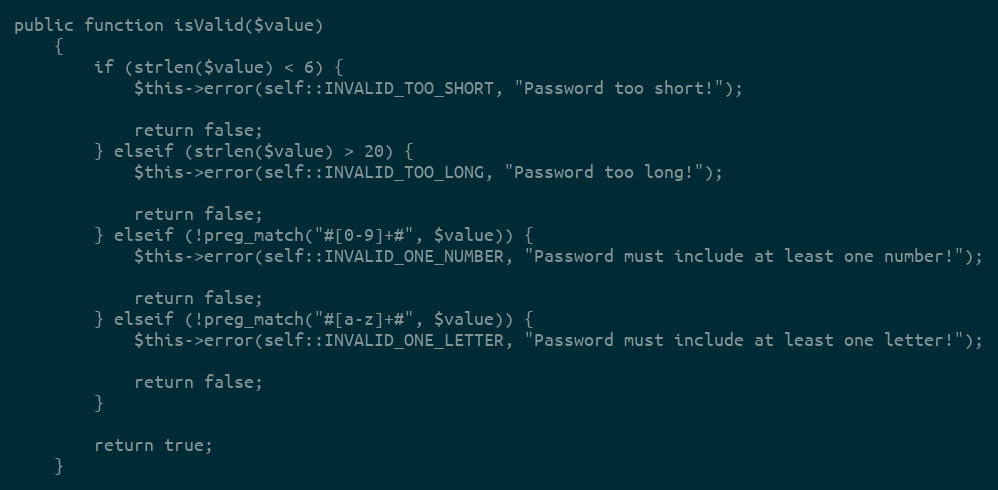
Language: PHP
public function isValid($value)
    {
        if (strlen($value) < 6) {
            $this->error(self::INVALID_TOO_SHORT, "Password too short!");

            return false;
        } elseif (strlen($value) > 20) {
            $this->error(self::INVALID_TOO_LONG, "Password too long!");

            return false;
        } elseif (!preg_match("#[0-9]+#", $value)) {
            $this->error(self::INVALID_ONE_NUMBER, "Password must include at least one number!");

            return false;
        } elseif (!preg_match("#[a-z]+#", $value)) {
            $this->error(self::INVALID_ONE_LETTER, "Password must include at least one letter!");

            return false;
        }

        return true;
    }